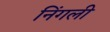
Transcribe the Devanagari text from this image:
निंगली